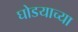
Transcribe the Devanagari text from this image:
घोडयाच्या